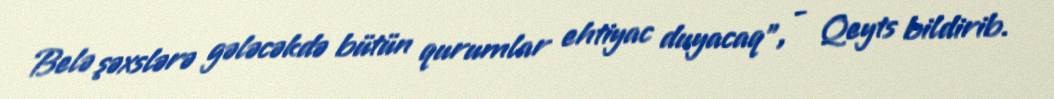
Belə şəxslərə gələcəkdə bütün qurumlar ehtiyac duyacaq”, - Qeyts bildirib.